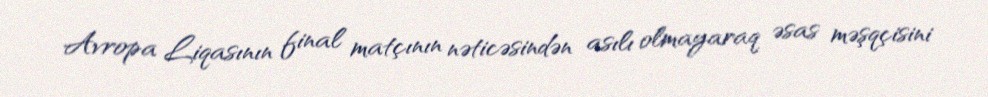
Avropa Liqasının final matçının nəticəsindən asılı olmayaraq əsas məşqçisini